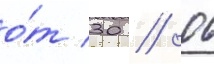
о́т 30 // 06